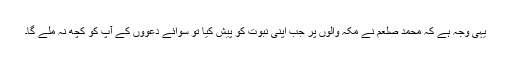
یہی وجہ ہے کہ محمد صلعم نے مکہ والوں پر جب اپنی نبوت کو پیش کیا تو سوائے دعووں کے آپ کو کچھ نہ ملے گا۔